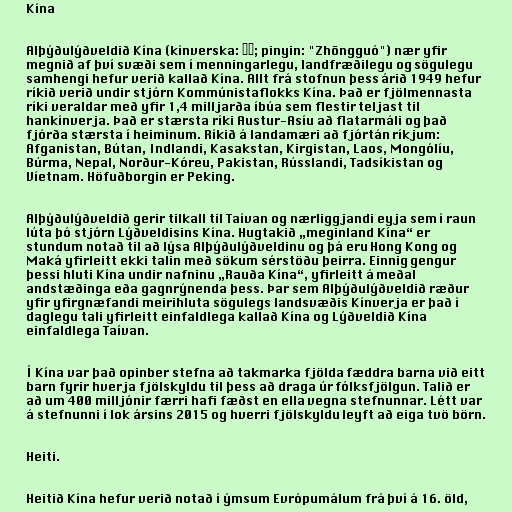
Kína

Alþýðulýðveldið Kína (kínverska: 中国; pinyin: "Zhōngguó") nær yfir
megnið af því svæði sem í menningarlegu, landfræðilegu og sögulegu
samhengi hefur verið kallað Kína. Allt frá stofnun þess árið 1949 hefur
ríkið verið undir stjórn Kommúnistaflokks Kína. Það er fjölmennasta
ríki veraldar með yfir 1,4 milljarða íbúa sem flestir teljast til
hankínverja. Það er stærsta ríki Austur-Asíu að flatarmáli og það
fjórða stærsta í heiminum. Ríkið á landamæri að fjórtán ríkjum:
Afganistan, Bútan, Indlandi, Kasakstan, Kirgistan, Laos, Mongólíu,
Búrma, Nepal, Norður-Kóreu, Pakistan, Rússlandi, Tadsíkistan og
Víetnam. Höfuðborgin er Peking.

Alþýðulýðveldið gerir tilkall til Taívan og nærliggjandi eyja sem í raun
lúta þó stjórn Lýðveldisins Kína. Hugtakið „meginland Kína“ er
stundum notað til að lýsa Alþýðulýðveldinu og þá eru Hong Kong og
Maká yfirleitt ekki talin með sökum sérstöðu þeirra. Einnig gengur
þessi hluti Kína undir nafninu „Rauða Kína“, yfirleitt á meðal
andstæðinga eða gagnrýnenda þess. Þar sem Alþýðulýðveldið ræður
yfir yfirgnæfandi meirihluta sögulegs landsvæðis Kínverja er það í
daglegu tali yfirleitt einfaldlega kallað Kína og Lýðveldið Kína
einfaldlega Taívan.

Í Kína var það opinber stefna að takmarka fjölda fæddra barna við eitt
barn fyrir hverja fjölskyldu til þess að draga úr fólksfjölgun. Talið er
að um 400 milljónir færri hafi fæðst en ella vegna stefnunnar. Létt var
á stefnunni í lok ársins 2015 og hverri fjölskyldu leyft að eiga tvö börn.

Heiti.

Heitið Kína hefur verið notað í ýmsum Evrópumálum frá því á 16. öld,